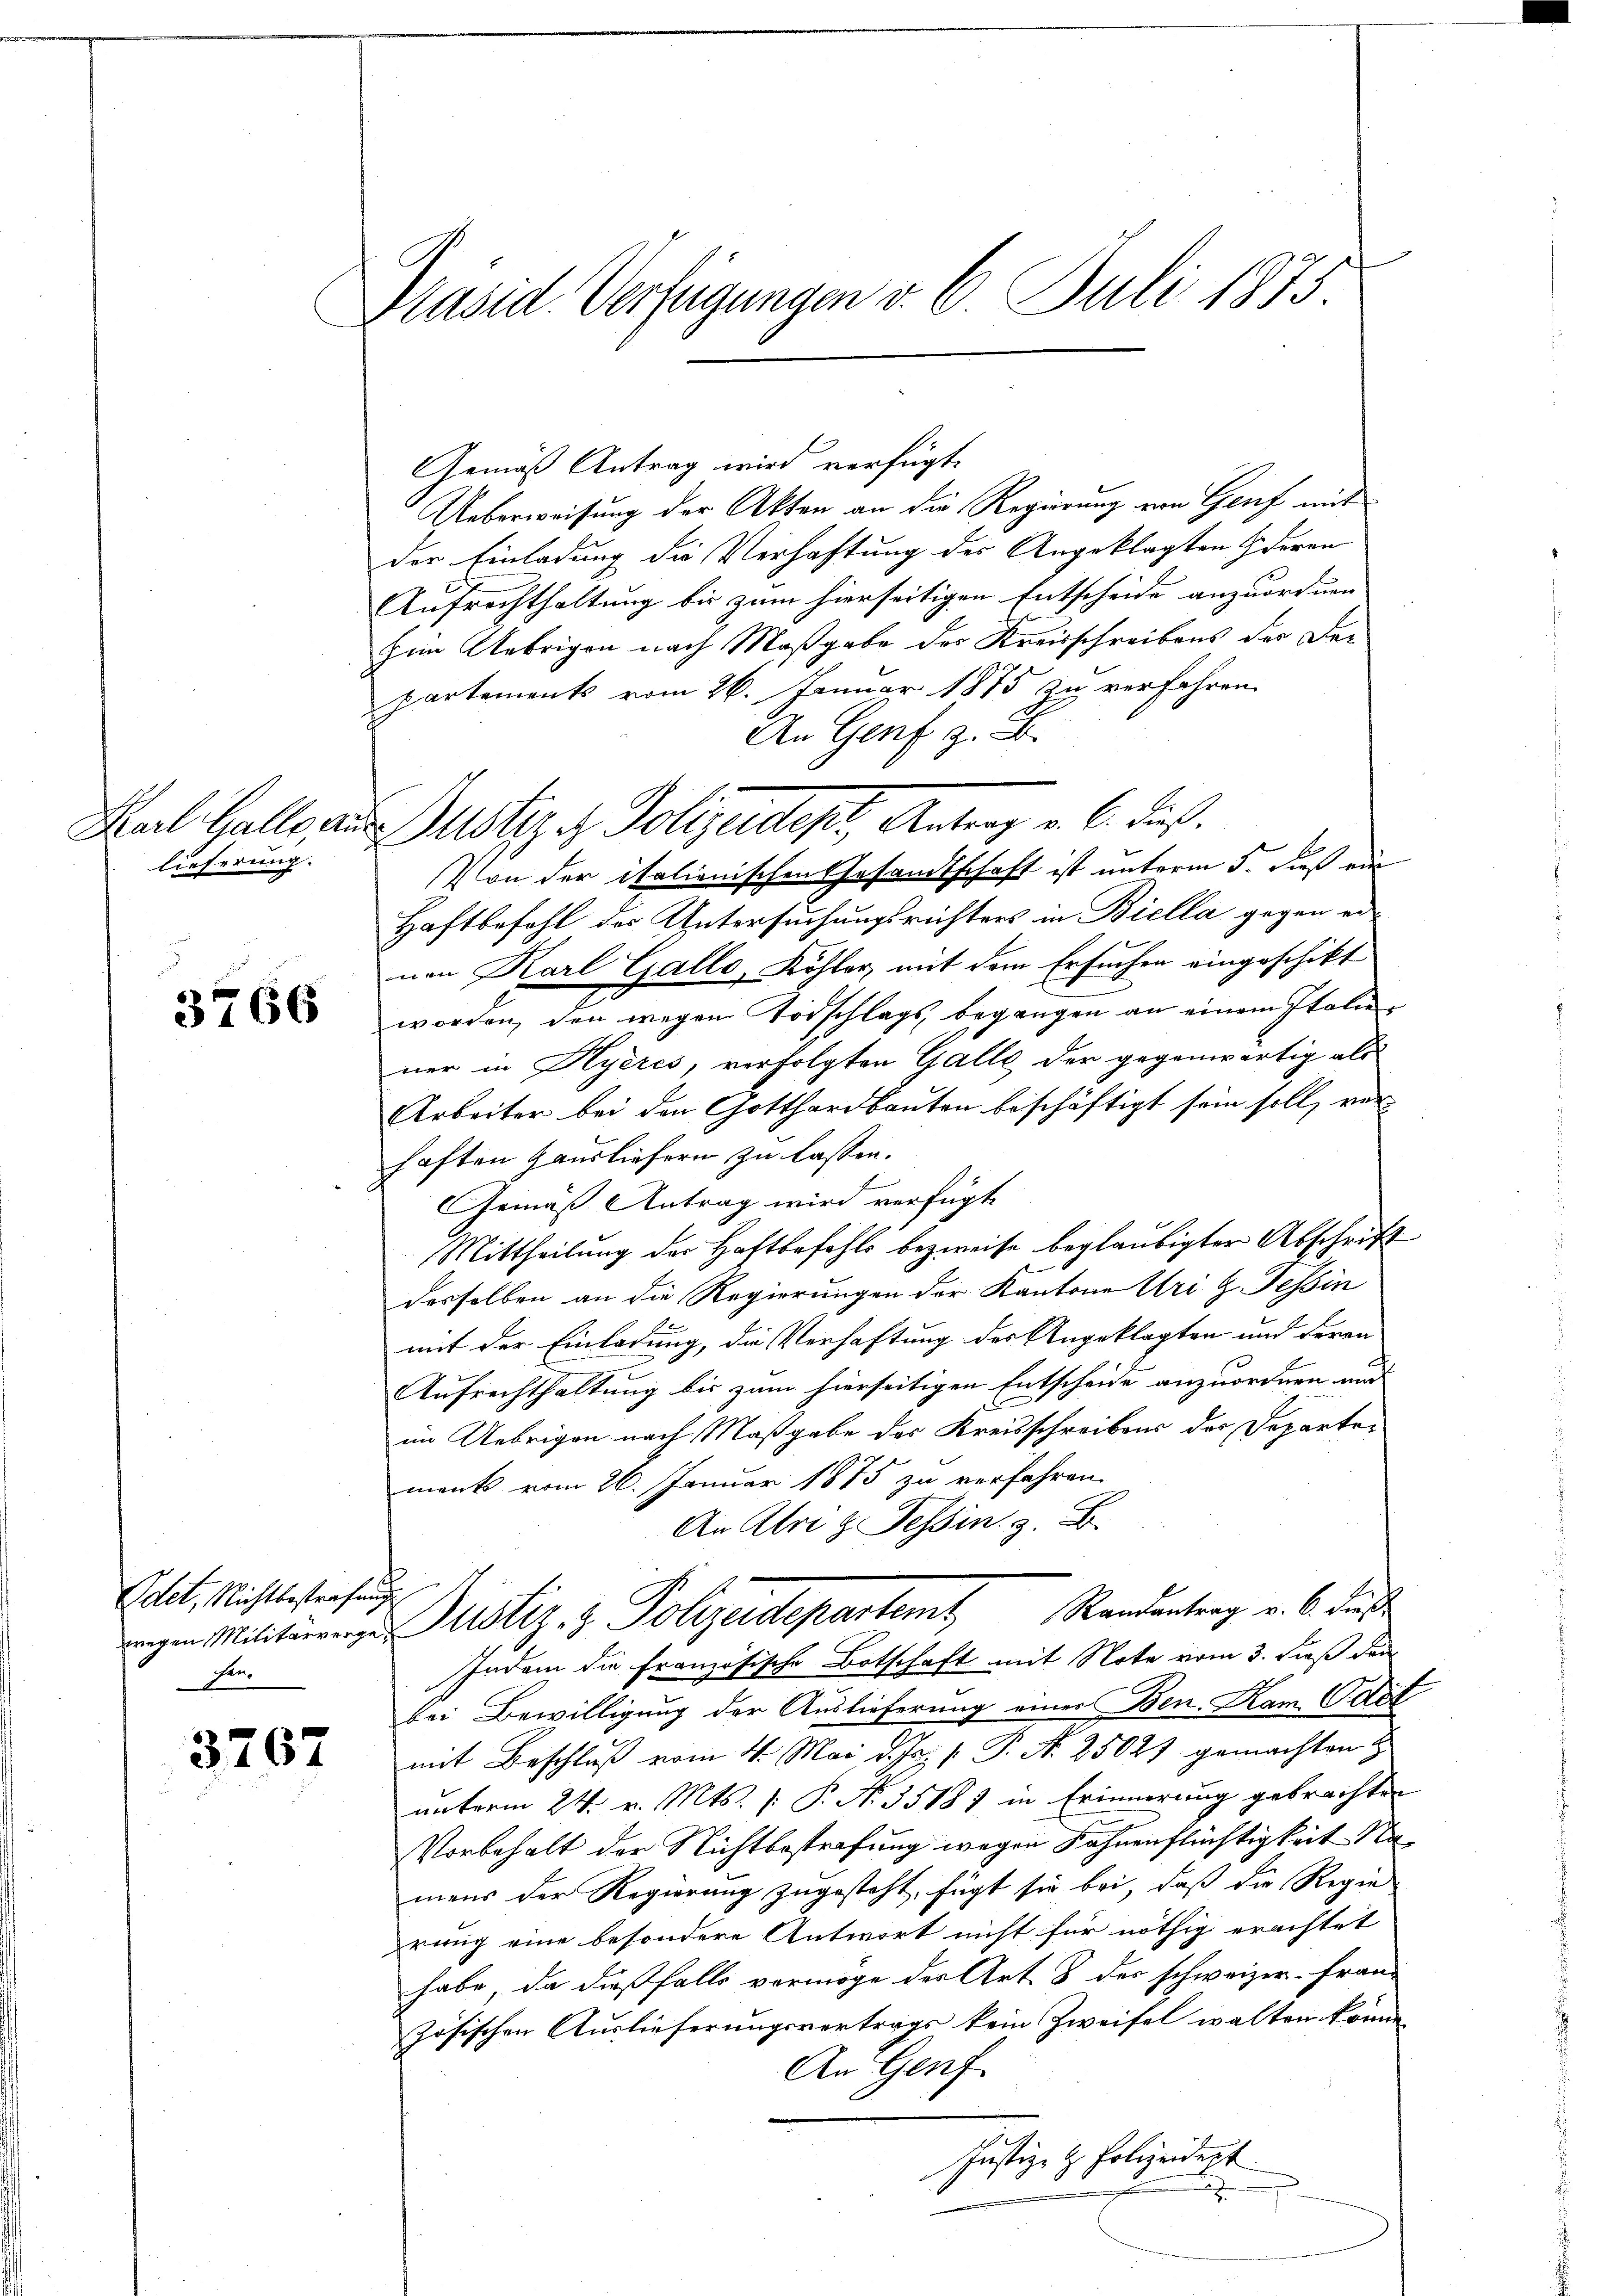
lieferung.

3766

Adet, Nichtbestrafung
Ein

3767

Präsid. Verfügungen v. 6. Juli 1875

Gemäß Antrag wird verfügte
Ueberweisung der Akten an die Regierung von Genf mit
der Einladung die Verhaftung des Angeklagten deren
Aufrechthaltung bis zum hierseitigen Entscheide anzuordnen
Him Uebrigen nach Maßgabe der Kreisschreibens der Departements vom 26. Januar 1875 zu verfahren.
An Genf z. B.
Kal Halle aus Justiz u. Polizeidept, Antrag v. 6. dies
Von der italienischen Gesandtschaft ist unterm 5. dieß ein
Haftbefehl des Untersuchungsrichters in Biella gegen er
nen Karl Gallo, Köhler, mit dem Ersuchen eingeschikt
worden, den wegen Todschlags, begangen an einem Italie
ner in Hyeres, verfolgten Galle der gegenwärtig als
Arbeiter bei den Gotthardbauten beschäftigt sein soll, verhaften Hausliefern zu lassen.
Gemäß Antrag wird verfügt
Mittheilung der Haftbefehls bezweife beglaubigter Abschrift
desselben an die Regierungen der Kantone Uri z. Tessin
mit der Einladung, die Verhaftung des Angeklagten und deran
Aufrechthaltung bis zum hierseitigen Entscheide anzuordnen und
im Uebrigen nach Maßgabe des Kreisschreibens der Departements vom 26. Januar 1875 zu verfahren.
An Abri z. Tessin, z. B.
egen Militirens ustiz- & Polizeidepartem Randentrag v. 6. diese
Indem die Französische Botschaft mit Note vom 3. daß den
bei Bewilligung der Auslieferung einer Ben. Kam C. Art
mit Beschluß vom 4. Mai d. Js. v. P. Nr. 25027 gemachten
unterm 24. v. Mts. [ P. Nr. 35187 in Erinnerung gebrachten
Vorbehalt der Nichtbestrafung wegen Fahnenflüchtigkeit Na
mens der Regierung zugesteht, fügt sie bei, daß die Regie
rung eine besondere Antwort nicht für nöthig erachtet
habe, da dießfalls vermöge der Art. 8 der schweizer-Französischen Auslieferungsvertrags kein Zweifel walten könne
An Genf.
Justiz- & Polizeidigt
a